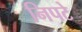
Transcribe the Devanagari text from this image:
निपटे